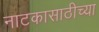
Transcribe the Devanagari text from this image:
नाटकासाठीच्या